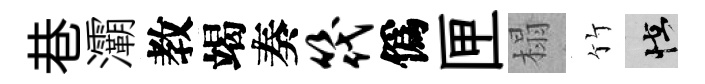
巷灞教竭奏筏僞匣榻竹怪